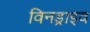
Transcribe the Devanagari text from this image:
विनड्राइव